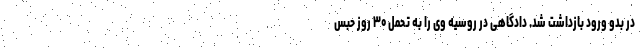
در بدو ورود بازداشت شد. دادگاهی در روسیه وی را به تحمل ۳۰ روز حبس